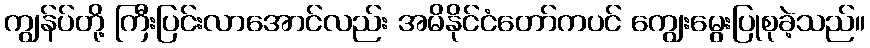
ကျွန်ပ်တို့ ကြီးပြင်းလာအောင်လည်း အမိနိုင်ငံတော်ကပင် ကျွေးမွေးပြုစုခဲ့သည်။